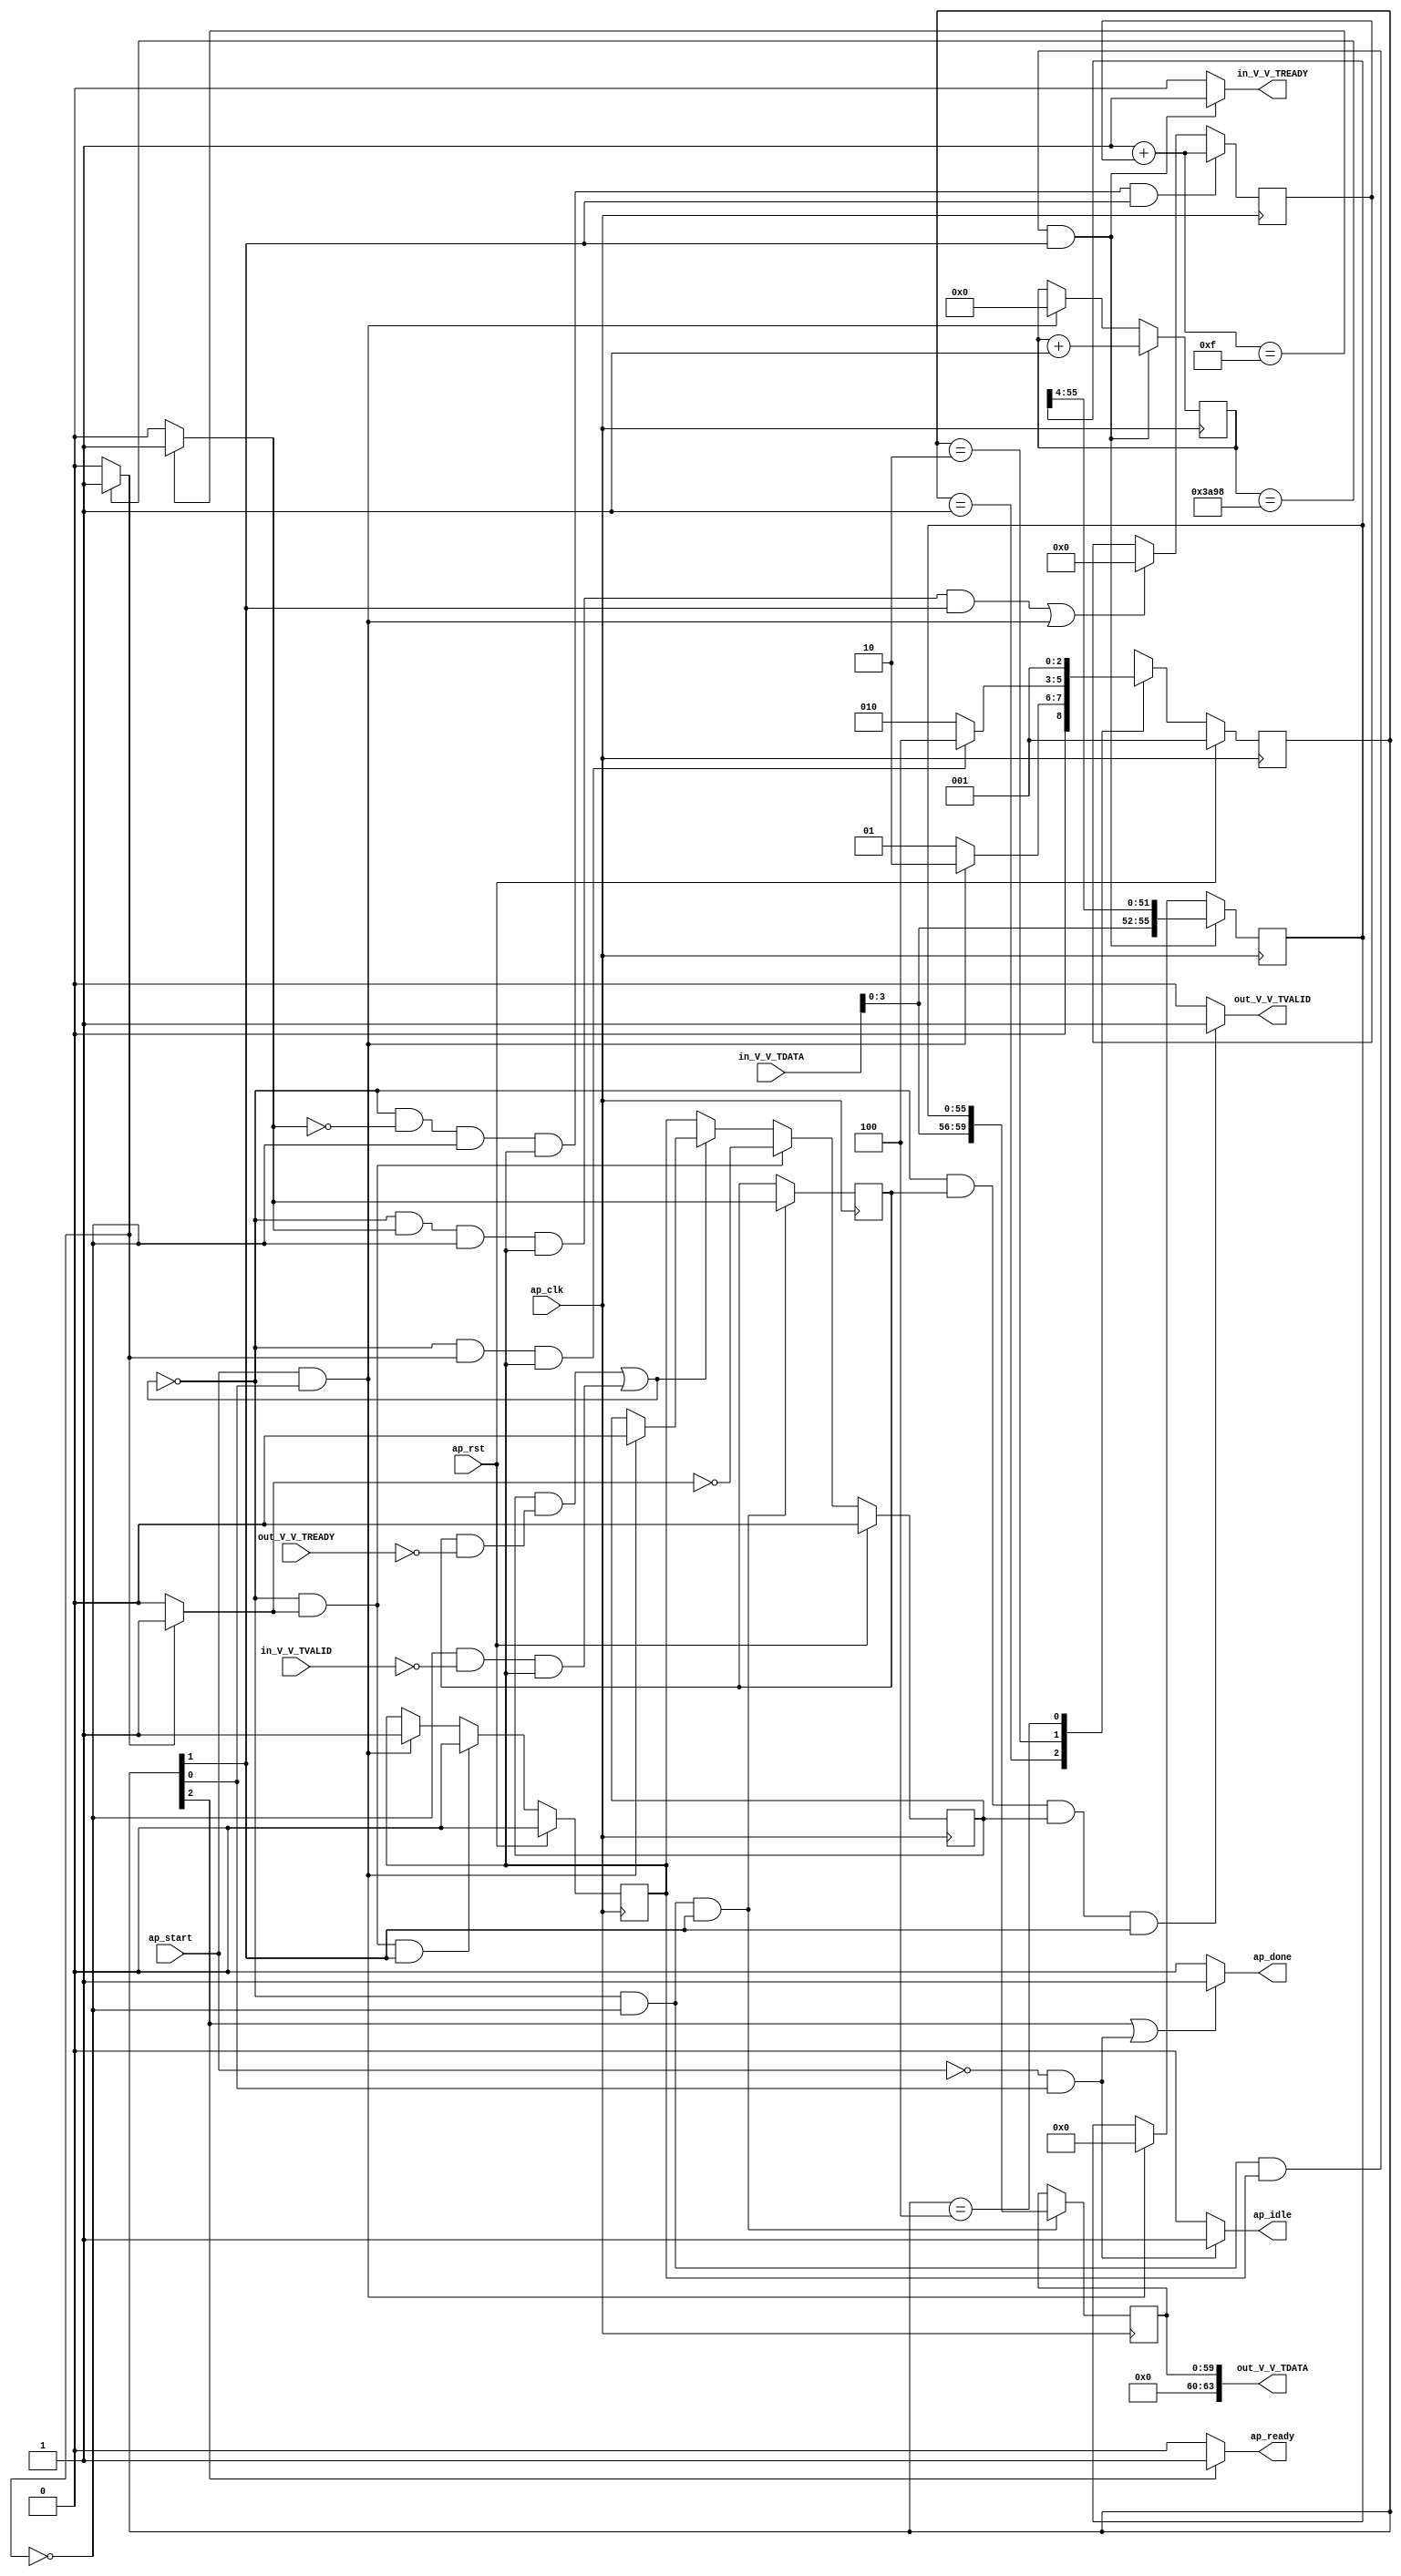
// ==============================================================
// RTL generated by Vivado(TM) HLS - High-Level Synthesis from C, C++ and OpenCL
// Version: 2020.1
// Copyright (C) 1986-2020 Xilinx, Inc. All Rights Reserved.
// 
// ===========================================================

`timescale 1 ns / 1 ps 

module StreamingDataWidthConverter_Batch_3_StreamingDataWidthCo_1 (
        ap_clk,
        ap_rst,
        ap_start,
        ap_done,
        ap_idle,
        ap_ready,
        in_V_V_TDATA,
        in_V_V_TVALID,
        in_V_V_TREADY,
        out_V_V_TDATA,
        out_V_V_TVALID,
        out_V_V_TREADY
);

parameter    ap_ST_fsm_state1 = 3'd1;
parameter    ap_ST_fsm_pp0_stage0 = 3'd2;
parameter    ap_ST_fsm_state4 = 3'd4;

input   ap_clk;
input   ap_rst;
input   ap_start;
output   ap_done;
output   ap_idle;
output   ap_ready;
input  [7:0] in_V_V_TDATA;
input   in_V_V_TVALID;
output   in_V_V_TREADY;
output  [63:0] out_V_V_TDATA;
output   out_V_V_TVALID;
input   out_V_V_TREADY;

reg ap_done;
reg ap_idle;
reg ap_ready;
reg in_V_V_TREADY;
reg out_V_V_TVALID;

(* fsm_encoding = "none" *) reg   [2:0] ap_CS_fsm;
wire    ap_CS_fsm_state1;
reg    in_V_V_TDATA_blk_n;
wire    ap_CS_fsm_pp0_stage0;
reg    ap_enable_reg_pp0_iter0;
wire    ap_block_pp0_stage0;
wire   [0:0] icmp_ln508_fu_96_p2;
reg    out_V_V_TDATA_blk_n;
reg    ap_enable_reg_pp0_iter1;
reg   [0:0] icmp_ln517_reg_183;
reg   [55:0] r_V_reg_69;
reg   [13:0] t_0_reg_80;
reg    ap_block_state2_pp0_stage0_iter0;
wire    ap_block_state3_pp0_stage0_iter1;
reg    ap_block_state3_io;
reg    ap_block_pp0_stage0_11001;
wire   [13:0] t_fu_102_p2;
wire   [59:0] p_Result_s_fu_115_p3;
reg   [59:0] p_Result_s_reg_178;
wire   [0:0] icmp_ln517_fu_129_p2;
wire   [55:0] trunc_ln_fu_150_p3;
reg    ap_block_pp0_stage0_subdone;
reg    ap_condition_pp0_exit_iter0_state2;
reg   [31:0] i_1_fu_52;
wire   [31:0] i_fu_123_p2;
reg    ap_block_pp0_stage0_01001;
wire   [3:0] tmp_V_fu_111_p1;
wire   [51:0] tmp_1_fu_140_p4;
wire    ap_CS_fsm_state4;
reg   [2:0] ap_NS_fsm;
reg    ap_idle_pp0;
wire    ap_enable_pp0;

// power-on initialization
initial begin
#0 ap_CS_fsm = 3'd1;
#0 ap_enable_reg_pp0_iter0 = 1'b0;
#0 ap_enable_reg_pp0_iter1 = 1'b0;
end

always @ (posedge ap_clk) begin
    if (ap_rst == 1'b1) begin
        ap_CS_fsm <= ap_ST_fsm_state1;
    end else begin
        ap_CS_fsm <= ap_NS_fsm;
    end
end

always @ (posedge ap_clk) begin
    if (ap_rst == 1'b1) begin
        ap_enable_reg_pp0_iter0 <= 1'b0;
    end else begin
        if (((1'b0 == ap_block_pp0_stage0_subdone) & (1'b1 == ap_condition_pp0_exit_iter0_state2) & (1'b1 == ap_CS_fsm_pp0_stage0))) begin
            ap_enable_reg_pp0_iter0 <= 1'b0;
        end else if (((ap_start == 1'b1) & (1'b1 == ap_CS_fsm_state1))) begin
            ap_enable_reg_pp0_iter0 <= 1'b1;
        end
    end
end

always @ (posedge ap_clk) begin
    if (ap_rst == 1'b1) begin
        ap_enable_reg_pp0_iter1 <= 1'b0;
    end else begin
        if (((1'b0 == ap_block_pp0_stage0_subdone) & (1'b1 == ap_condition_pp0_exit_iter0_state2))) begin
            ap_enable_reg_pp0_iter1 <= (1'b1 ^ ap_condition_pp0_exit_iter0_state2);
        end else if ((1'b0 == ap_block_pp0_stage0_subdone)) begin
            ap_enable_reg_pp0_iter1 <= ap_enable_reg_pp0_iter0;
        end else if (((ap_start == 1'b1) & (1'b1 == ap_CS_fsm_state1))) begin
            ap_enable_reg_pp0_iter1 <= 1'b0;
        end
    end
end

always @ (posedge ap_clk) begin
    if (((1'b0 == ap_block_pp0_stage0_11001) & (icmp_ln517_fu_129_p2 == 1'd0) & (icmp_ln508_fu_96_p2 == 1'd0) & (ap_enable_reg_pp0_iter0 == 1'b1) & (1'b1 == ap_CS_fsm_pp0_stage0))) begin
        i_1_fu_52 <= i_fu_123_p2;
    end else if ((((1'b0 == ap_block_pp0_stage0_11001) & (icmp_ln517_fu_129_p2 == 1'd1) & (icmp_ln508_fu_96_p2 == 1'd0) & (ap_enable_reg_pp0_iter0 == 1'b1) & (1'b1 == ap_CS_fsm_pp0_stage0)) | ((ap_start == 1'b1) & (1'b1 == ap_CS_fsm_state1)))) begin
        i_1_fu_52 <= 32'd0;
    end
end

always @ (posedge ap_clk) begin
    if (((1'b0 == ap_block_pp0_stage0_11001) & (icmp_ln508_fu_96_p2 == 1'd0) & (ap_enable_reg_pp0_iter0 == 1'b1) & (1'b1 == ap_CS_fsm_pp0_stage0))) begin
        r_V_reg_69 <= trunc_ln_fu_150_p3;
    end else if (((ap_start == 1'b1) & (1'b1 == ap_CS_fsm_state1))) begin
        r_V_reg_69 <= 56'd0;
    end
end

always @ (posedge ap_clk) begin
    if (((1'b0 == ap_block_pp0_stage0_11001) & (icmp_ln508_fu_96_p2 == 1'd0) & (ap_enable_reg_pp0_iter0 == 1'b1) & (1'b1 == ap_CS_fsm_pp0_stage0))) begin
        t_0_reg_80 <= t_fu_102_p2;
    end else if (((ap_start == 1'b1) & (1'b1 == ap_CS_fsm_state1))) begin
        t_0_reg_80 <= 14'd0;
    end
end

always @ (posedge ap_clk) begin
    if (((1'b0 == ap_block_pp0_stage0_11001) & (icmp_ln508_fu_96_p2 == 1'd0) & (1'b1 == ap_CS_fsm_pp0_stage0))) begin
        icmp_ln517_reg_183 <= icmp_ln517_fu_129_p2;
        p_Result_s_reg_178 <= p_Result_s_fu_115_p3;
    end
end

always @ (*) begin
    if ((icmp_ln508_fu_96_p2 == 1'd1)) begin
        ap_condition_pp0_exit_iter0_state2 = 1'b1;
    end else begin
        ap_condition_pp0_exit_iter0_state2 = 1'b0;
    end
end

always @ (*) begin
    if (((1'b1 == ap_CS_fsm_state4) | ((ap_start == 1'b0) & (1'b1 == ap_CS_fsm_state1)))) begin
        ap_done = 1'b1;
    end else begin
        ap_done = 1'b0;
    end
end

always @ (*) begin
    if (((ap_start == 1'b0) & (1'b1 == ap_CS_fsm_state1))) begin
        ap_idle = 1'b1;
    end else begin
        ap_idle = 1'b0;
    end
end

always @ (*) begin
    if (((ap_enable_reg_pp0_iter1 == 1'b0) & (ap_enable_reg_pp0_iter0 == 1'b0))) begin
        ap_idle_pp0 = 1'b1;
    end else begin
        ap_idle_pp0 = 1'b0;
    end
end

always @ (*) begin
    if ((1'b1 == ap_CS_fsm_state4)) begin
        ap_ready = 1'b1;
    end else begin
        ap_ready = 1'b0;
    end
end

always @ (*) begin
    if (((icmp_ln508_fu_96_p2 == 1'd0) & (1'b0 == ap_block_pp0_stage0) & (ap_enable_reg_pp0_iter0 == 1'b1) & (1'b1 == ap_CS_fsm_pp0_stage0))) begin
        in_V_V_TDATA_blk_n = in_V_V_TVALID;
    end else begin
        in_V_V_TDATA_blk_n = 1'b1;
    end
end

always @ (*) begin
    if (((1'b0 == ap_block_pp0_stage0_11001) & (icmp_ln508_fu_96_p2 == 1'd0) & (ap_enable_reg_pp0_iter0 == 1'b1) & (1'b1 == ap_CS_fsm_pp0_stage0))) begin
        in_V_V_TREADY = 1'b1;
    end else begin
        in_V_V_TREADY = 1'b0;
    end
end

always @ (*) begin
    if (((icmp_ln517_reg_183 == 1'd1) & (1'b0 == ap_block_pp0_stage0) & (ap_enable_reg_pp0_iter1 == 1'b1) & (1'b1 == ap_CS_fsm_pp0_stage0))) begin
        out_V_V_TDATA_blk_n = out_V_V_TREADY;
    end else begin
        out_V_V_TDATA_blk_n = 1'b1;
    end
end

always @ (*) begin
    if (((1'b0 == ap_block_pp0_stage0_11001) & (icmp_ln517_reg_183 == 1'd1) & (ap_enable_reg_pp0_iter1 == 1'b1) & (1'b1 == ap_CS_fsm_pp0_stage0))) begin
        out_V_V_TVALID = 1'b1;
    end else begin
        out_V_V_TVALID = 1'b0;
    end
end

always @ (*) begin
    case (ap_CS_fsm)
        ap_ST_fsm_state1 : begin
            if (((ap_start == 1'b1) & (1'b1 == ap_CS_fsm_state1))) begin
                ap_NS_fsm = ap_ST_fsm_pp0_stage0;
            end else begin
                ap_NS_fsm = ap_ST_fsm_state1;
            end
        end
        ap_ST_fsm_pp0_stage0 : begin
            if (~((1'b0 == ap_block_pp0_stage0_subdone) & (icmp_ln508_fu_96_p2 == 1'd1) & (ap_enable_reg_pp0_iter0 == 1'b1))) begin
                ap_NS_fsm = ap_ST_fsm_pp0_stage0;
            end else if (((1'b0 == ap_block_pp0_stage0_subdone) & (icmp_ln508_fu_96_p2 == 1'd1) & (ap_enable_reg_pp0_iter0 == 1'b1))) begin
                ap_NS_fsm = ap_ST_fsm_state4;
            end else begin
                ap_NS_fsm = ap_ST_fsm_pp0_stage0;
            end
        end
        ap_ST_fsm_state4 : begin
            ap_NS_fsm = ap_ST_fsm_state1;
        end
        default : begin
            ap_NS_fsm = 'bx;
        end
    endcase
end

assign ap_CS_fsm_pp0_stage0 = ap_CS_fsm[32'd1];

assign ap_CS_fsm_state1 = ap_CS_fsm[32'd0];

assign ap_CS_fsm_state4 = ap_CS_fsm[32'd2];

assign ap_block_pp0_stage0 = ~(1'b1 == 1'b1);

always @ (*) begin
    ap_block_pp0_stage0_01001 = ((icmp_ln508_fu_96_p2 == 1'd0) & (in_V_V_TVALID == 1'b0) & (ap_enable_reg_pp0_iter0 == 1'b1));
end

always @ (*) begin
    ap_block_pp0_stage0_11001 = (((ap_enable_reg_pp0_iter1 == 1'b1) & (1'b1 == ap_block_state3_io)) | ((icmp_ln508_fu_96_p2 == 1'd0) & (in_V_V_TVALID == 1'b0) & (ap_enable_reg_pp0_iter0 == 1'b1)));
end

always @ (*) begin
    ap_block_pp0_stage0_subdone = (((ap_enable_reg_pp0_iter1 == 1'b1) & (1'b1 == ap_block_state3_io)) | ((icmp_ln508_fu_96_p2 == 1'd0) & (in_V_V_TVALID == 1'b0) & (ap_enable_reg_pp0_iter0 == 1'b1)));
end

always @ (*) begin
    ap_block_state2_pp0_stage0_iter0 = ((icmp_ln508_fu_96_p2 == 1'd0) & (in_V_V_TVALID == 1'b0));
end

always @ (*) begin
    ap_block_state3_io = ((icmp_ln517_reg_183 == 1'd1) & (out_V_V_TREADY == 1'b0));
end

assign ap_block_state3_pp0_stage0_iter1 = ~(1'b1 == 1'b1);

assign ap_enable_pp0 = (ap_idle_pp0 ^ 1'b1);

assign i_fu_123_p2 = (32'd1 + i_1_fu_52);

assign icmp_ln508_fu_96_p2 = ((t_0_reg_80 == 14'd15000) ? 1'b1 : 1'b0);

assign icmp_ln517_fu_129_p2 = ((i_fu_123_p2 == 32'd15) ? 1'b1 : 1'b0);

assign out_V_V_TDATA = p_Result_s_reg_178;

assign p_Result_s_fu_115_p3 = {{tmp_V_fu_111_p1}, {r_V_reg_69}};

assign t_fu_102_p2 = (t_0_reg_80 + 14'd1);

assign tmp_1_fu_140_p4 = {{r_V_reg_69[55:4]}};

assign tmp_V_fu_111_p1 = in_V_V_TDATA[3:0];

assign trunc_ln_fu_150_p3 = {{tmp_V_fu_111_p1}, {tmp_1_fu_140_p4}};

endmodule //StreamingDataWidthConverter_Batch_3_StreamingDataWidthCo_1